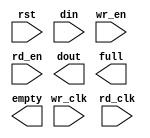
module divisor_fifo(
	rst,
	wr_clk,
	rd_clk,
	din,
	wr_en,
	rd_en,
	dout,
	full,
	empty);


input rst;
input wr_clk;
input rd_clk;
input [15 : 0] din;
input wr_en;
input rd_en;
output [15 : 0] dout;
output full;
output empty;

// synthesis translate_off

      FIFO_GENERATOR_V5_3 #(
		.C_COMMON_CLOCK(0),
		.C_COUNT_TYPE(0),
		.C_DATA_COUNT_WIDTH(10),
		.C_DEFAULT_VALUE("BlankString"),
		.C_DIN_WIDTH(16),
		.C_DOUT_RST_VAL("0"),
		.C_DOUT_WIDTH(16),
		.C_ENABLE_RLOCS(0),
		.C_ENABLE_RST_SYNC(1),
		.C_ERROR_INJECTION_TYPE(0),
		.C_FAMILY("virtex6"),
		.C_FULL_FLAGS_RST_VAL(1),
		.C_HAS_ALMOST_EMPTY(0),
		.C_HAS_ALMOST_FULL(0),
		.C_HAS_BACKUP(0),
		.C_HAS_DATA_COUNT(0),
		.C_HAS_INT_CLK(0),
		.C_HAS_MEMINIT_FILE(0),
		.C_HAS_OVERFLOW(0),
		.C_HAS_RD_DATA_COUNT(0),
		.C_HAS_RD_RST(0),
		.C_HAS_RST(1),
		.C_HAS_SRST(0),
		.C_HAS_UNDERFLOW(0),
		.C_HAS_VALID(0),
		.C_HAS_WR_ACK(0),
		.C_HAS_WR_DATA_COUNT(0),
		.C_HAS_WR_RST(0),
		.C_IMPLEMENTATION_TYPE(2),
		.C_INIT_WR_PNTR_VAL(0),
		.C_MEMORY_TYPE(1),
		.C_MIF_FILE_NAME("BlankString"),
		.C_MSGON_VAL(1),
		.C_OPTIMIZATION_MODE(0),
		.C_OVERFLOW_LOW(0),
		.C_PRELOAD_LATENCY(1),
		.C_PRELOAD_REGS(0),
		.C_PRIM_FIFO_TYPE("1kx18"),
		.C_PROG_EMPTY_THRESH_ASSERT_VAL(2),
		.C_PROG_EMPTY_THRESH_NEGATE_VAL(3),
		.C_PROG_EMPTY_TYPE(0),
		.C_PROG_FULL_THRESH_ASSERT_VAL(1021),
		.C_PROG_FULL_THRESH_NEGATE_VAL(1020),
		.C_PROG_FULL_TYPE(0),
		.C_RD_DATA_COUNT_WIDTH(10),
		.C_RD_DEPTH(1024),
		.C_RD_FREQ(1),
		.C_RD_PNTR_WIDTH(10),
		.C_UNDERFLOW_LOW(0),
		.C_USE_DOUT_RST(1),
		.C_USE_ECC(0),
		.C_USE_EMBEDDED_REG(0),
		.C_USE_FIFO16_FLAGS(0),
		.C_USE_FWFT_DATA_COUNT(0),
		.C_VALID_LOW(0),
		.C_WR_ACK_LOW(0),
		.C_WR_DATA_COUNT_WIDTH(10),
		.C_WR_DEPTH(1024),
		.C_WR_FREQ(1),
		.C_WR_PNTR_WIDTH(10),
		.C_WR_RESPONSE_LATENCY(1))
	inst (
		.RST(rst),
		.WR_CLK(wr_clk),
		.RD_CLK(rd_clk),
		.DIN(din),
		.WR_EN(wr_en),
		.RD_EN(rd_en),
		.DOUT(dout),
		.FULL(full),
		.EMPTY(empty),
		.BACKUP(),
		.BACKUP_MARKER(),
		.CLK(),
		.SRST(),
		.WR_RST(),
		.RD_RST(),
		.PROG_EMPTY_THRESH(),
		.PROG_EMPTY_THRESH_ASSERT(),
		.PROG_EMPTY_THRESH_NEGATE(),
		.PROG_FULL_THRESH(),
		.PROG_FULL_THRESH_ASSERT(),
		.PROG_FULL_THRESH_NEGATE(),
		.INT_CLK(),
		.INJECTDBITERR(),
		.INJECTSBITERR(),
		.ALMOST_FULL(),
		.WR_ACK(),
		.OVERFLOW(),
		.ALMOST_EMPTY(),
		.VALID(),
		.UNDERFLOW(),
		.DATA_COUNT(),
		.RD_DATA_COUNT(),
		.WR_DATA_COUNT(),
		.PROG_FULL(),
		.PROG_EMPTY(),
		.SBITERR(),
		.DBITERR());


// synthesis translate_on

// XST black box declaration
// box_type "black_box"
// synthesis attribute box_type of divisor_fifo is "black_box"

endmodule